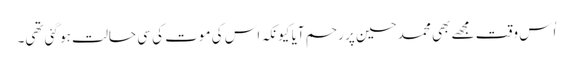
اُس وقت مجھے بھی محمد حسین پر رحم آیا کیونکہ اس کی موت کی سی حالت ہو گئی تھی۔